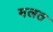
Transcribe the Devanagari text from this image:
मलत